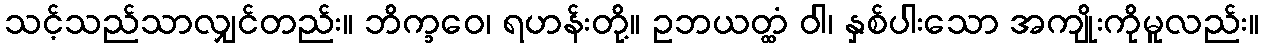
သင့်သည်သာလျှင်တည်း။ ဘိက္ခဝေ၊ ရဟန်းတို့။ ဥဘယတ္ထံ ဝါ၊ နှစ်ပါးသော အကျိုးကိုမူလည်း။